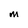
Character: M